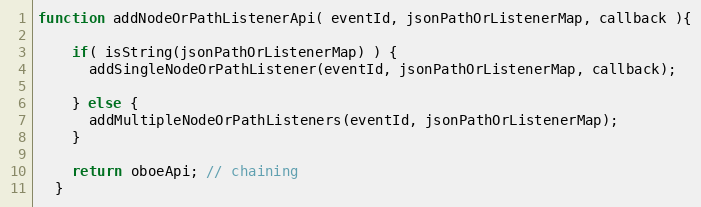
Language: JavaScript
function addNodeOrPathListenerApi( eventId, jsonPathOrListenerMap, callback ){

    if( isString(jsonPathOrListenerMap) ) {
      addSingleNodeOrPathListener(eventId, jsonPathOrListenerMap, callback);

    } else {
      addMultipleNodeOrPathListeners(eventId, jsonPathOrListenerMap);
    }

    return oboeApi; // chaining
  }